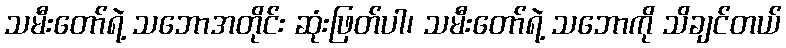
သမီးတော်ရဲ့ သဘောအတိုင်း ဆုံးဖြတ်ပါ၊ သမီးတော်ရဲ့ သဘောကို သိချင်တယ်